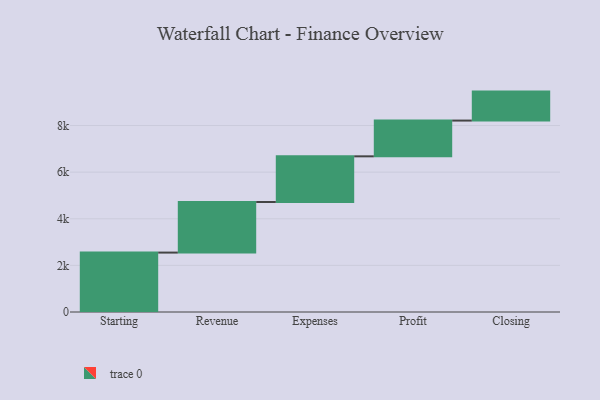
{"axis": {"x": "Step", "y": "Value"}, "legend": [""], "data": [{"x": "Starting", "y": 2549.0, "type": ""}, {"x": "Revenue", "y": 2170.0, "type": ""}, {"x": "Expenses", "y": 1960.0, "type": ""}, {"x": "Profit", "y": 1534.0, "type": ""}, {"x": "Closing", "y": 1243.0, "type": ""}]}